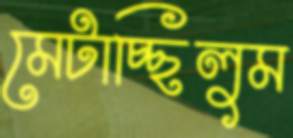
মেটাচ্ছিলুম